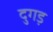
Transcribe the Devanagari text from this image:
दुगड़